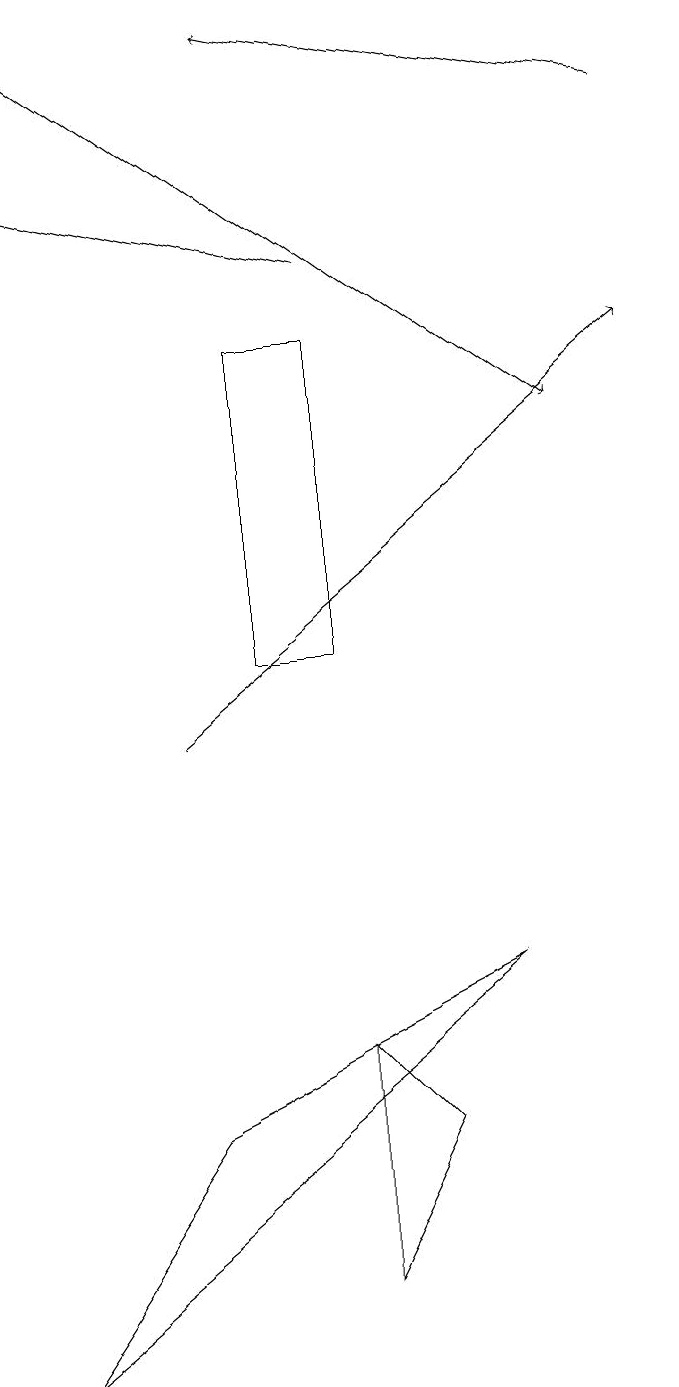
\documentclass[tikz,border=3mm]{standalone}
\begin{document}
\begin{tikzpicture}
\draw[->] (5,16) -- (1,17);
\draw[->] (1,19) -- (8,14);
\draw (5,3) -- (6,5) -- (5,6) -- cycle;
\draw (5,11) rectangle (4,15);
\draw[->] (3,10) -- (9,15);
\draw[->] (9,18) -- (4,19);
\draw (7,7) -- (3,5) -- (1,2) -- cycle;
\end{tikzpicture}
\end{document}